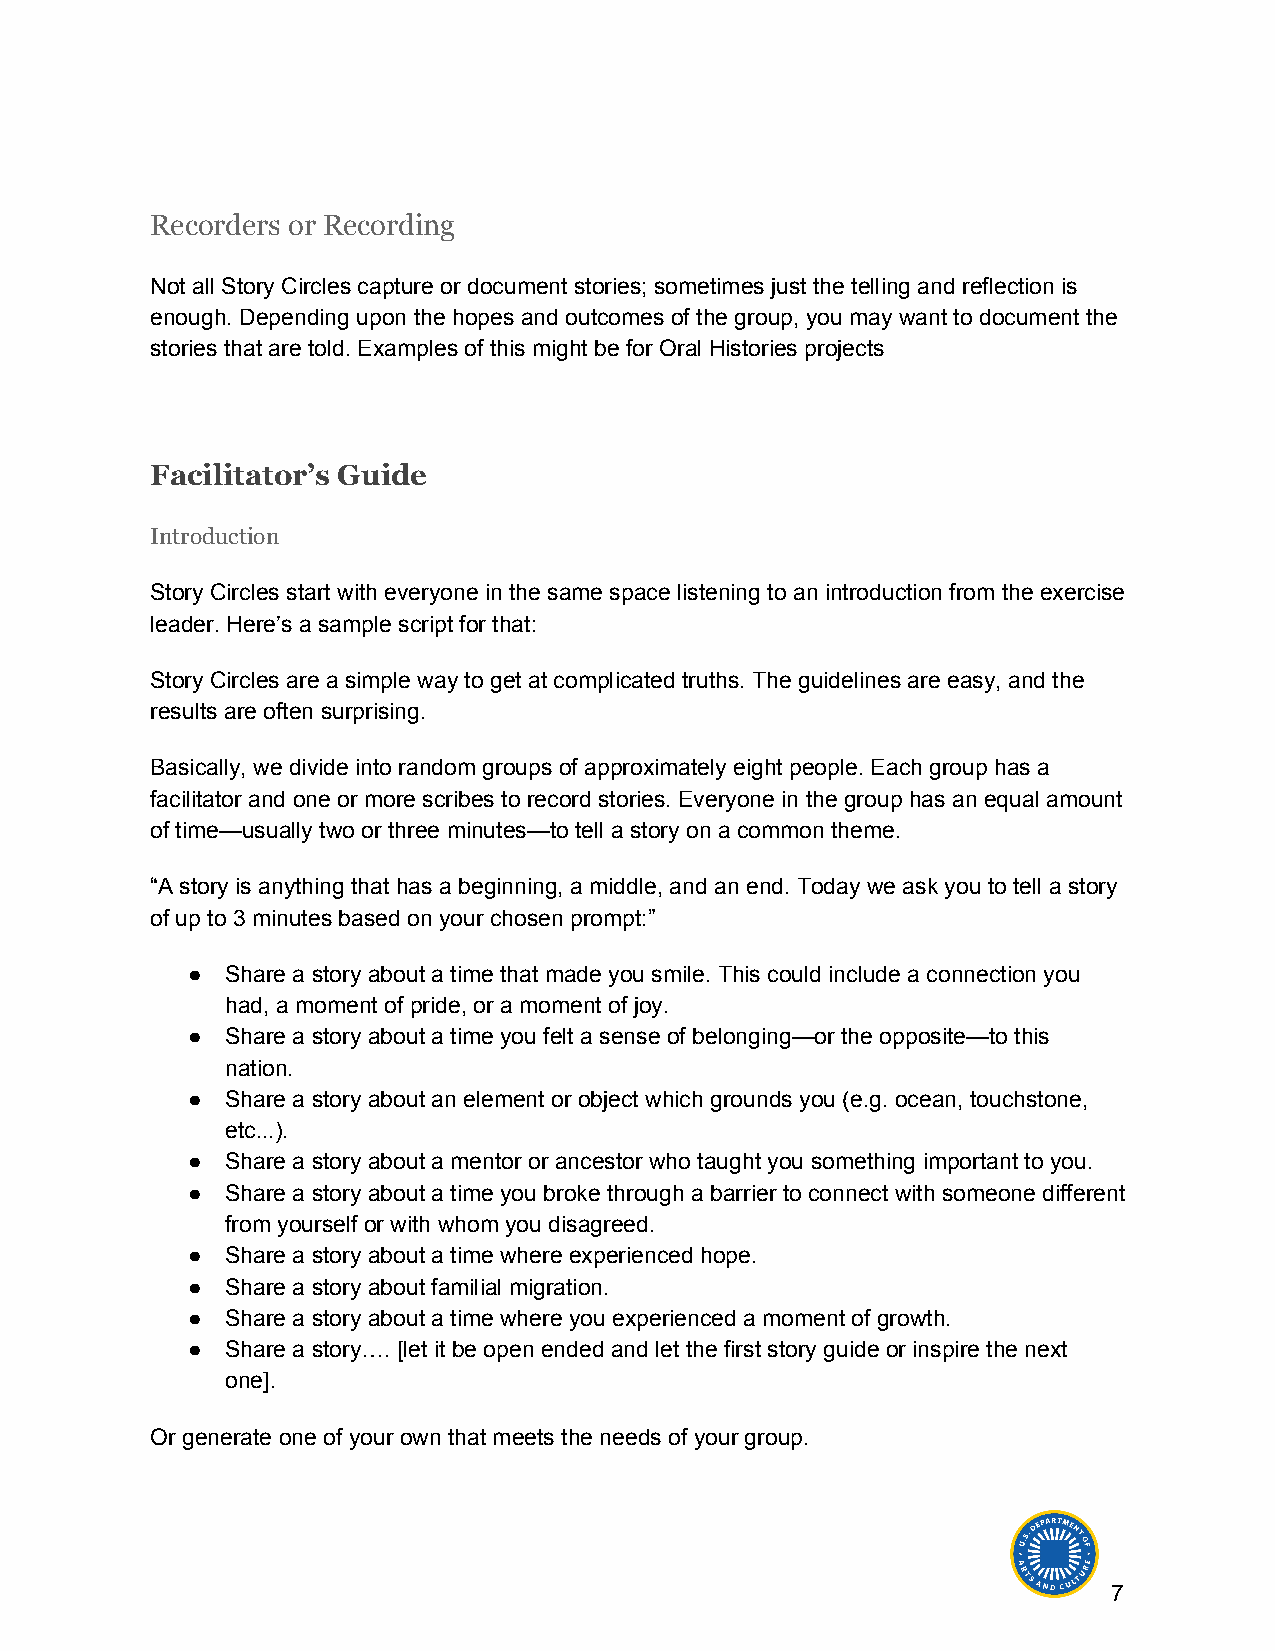
Recorders or Recording
 Not all Story Circles capture or document stories; sometimes just the telling and reflection is
 enough. Depending upon the hopes and outcomes of the group, you may want to document the
 stories that are told. Examples of this might be for Oral Histories projects
 Facilitator’s Guide
 Introduction
 Story Circles start with everyone in the same space listening to an introduction from the exercise
 leader. Here’s a sample script for that:
 Story Circles are a simple way to get at complicated truths. The guidelines are easy, and the
 results are often surprising.
 Basically, we divide into random groups of approximately eight people. Each group has a
 facilitator and one or more scribes to record stories. Everyone in the group has an equal amount
 of time—usually two or three minutes—to tell a story on a common theme.
 “A story is anything that has a beginning, a middle, and an end. Today we ask you to tell a story
 of up to 3 minutes based on your chosen prompt:”
 ●  Share a story about a time that made you smile. This could include a connection you
 had, a moment of pride, or a moment of joy.
 ●  Share a story about a time you felt a sense of belonging—or the opposite—to this
 nation.
 ●  Share a story about an element or object which grounds you (e.g. ocean, touchstone,
 etc...).
 ●  Share a story about a mentor or ancestor who taught you something important to you.
 ●  Share a story about a time you broke through a barrier to connect with someone different
 from yourself or with whom you disagreed.
 ●  Share a story about a time where experienced hope.
 ●  Share a story about familial migration.
 ●  Share a story about a time where you experienced a moment of growth.
 ●  Share a story…. [let it be open ended and let the first story guide or inspire the next
 one].
 Or generate one of your own that meets the needs of your group.
 7